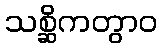
သစ္ဆိကတွာဝ